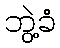
ဘွဲ့ခံ